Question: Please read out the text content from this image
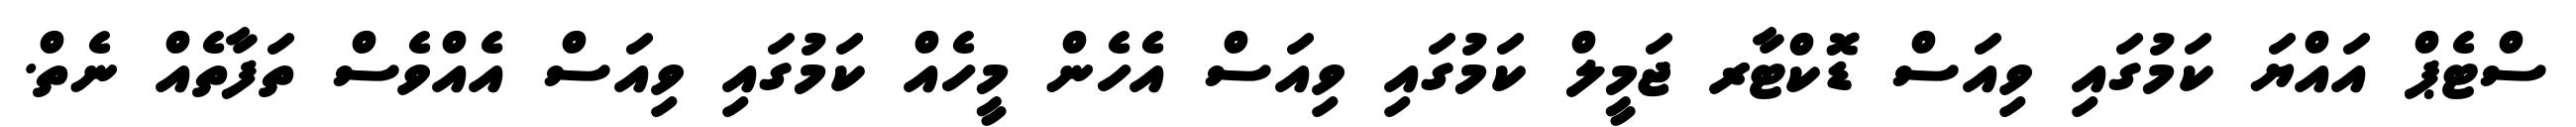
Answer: ސްޓެޕް އައްޔަ ކަމުގައި ވިއަސް ޑޮކްޓާރ ޖަމީލް ކަމުގައި ވިއަސް އެހެން މީހެއް ކަމުގައި ވިއަސް އެއްވެސް ތަފާތެއް ނެތް.